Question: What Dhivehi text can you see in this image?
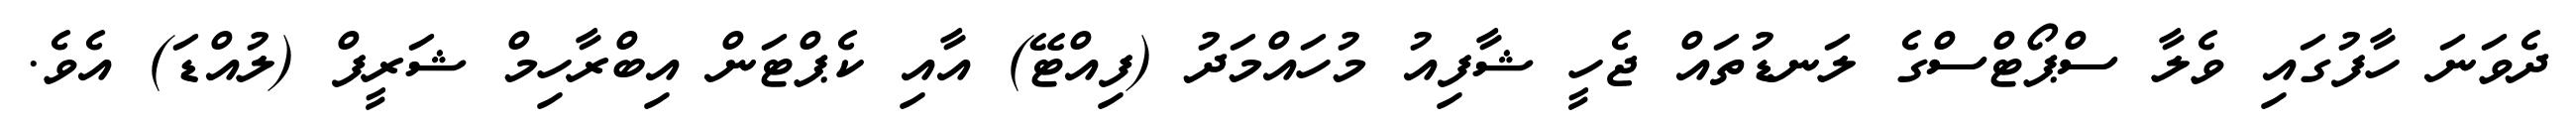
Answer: ދެވަނަ ހާފުގައި ވެލާ ސްޕޯޓްސްގެ ލަނޑުތައް ޖެހީ ޝާފިއު މުހައްމަދު (ފިއްޓޭ) އާއި ކެޕްޓަން އިބްރާހިމް ޝަރީފް (ލުއްޑަ) އެވެ.